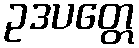
ဥဒပတ္တေ